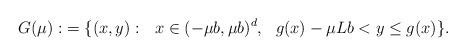
LaTeX: \begin{align*}G(\mu):&=\{ (x, y):\ \ x\in (-\mu b,\mu b)^{d},\ \ g(x)-\mu L b<y\leq g(x)\}.\end{align*}